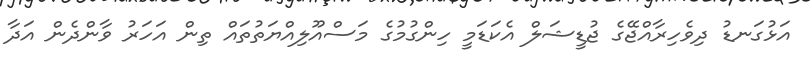
އަޅުގަނޑު ދިވެހިރާއްޖޭގެ ޖުޑީޝަލް އެކަޑަމީ ހިންގުމުގެ މަސްއޫލިއްޔަތުތައް ތިން އަހަރު ވާންދެން އަދާ